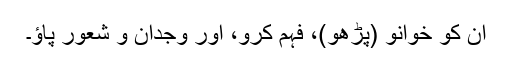
اُن کو خوانو (پڑھو)، فہم کرو، اور وِجدان و شُعور پاؤ۔